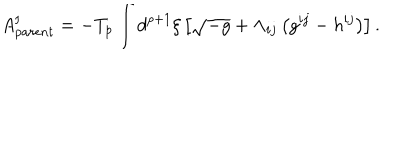
LaTeX: A _ { p a r e n t } ^ { \mathrm { I } } = - T _ { p } \int d ^ { p + 1 } { \xi } \left[ \sqrt { - g } + { \Lambda } _ { i j } \left( g ^ { i j } - h ^ { i j } \right) \right] .